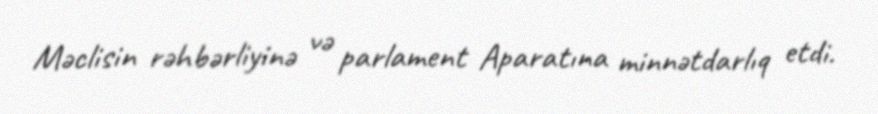
Məclisin rəhbərliyinə və parlament Aparatına minnətdarlıq etdi.